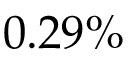
0 . 2 9 \%